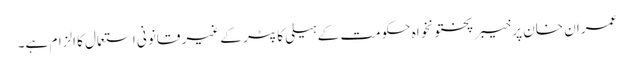
عمران خان پر خیبر پختونخواہ حکومت کے ہیلی کاپٹر کے غیر قانونی استعمال کا الزام ہے۔